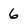
Character: 6